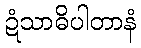
ဍံသာဓိပါတာနံ